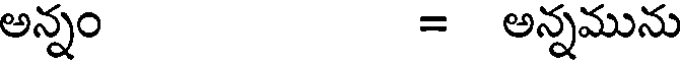
అన్నం = అన్నమును